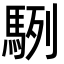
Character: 䮋